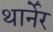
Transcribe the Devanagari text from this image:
थार्नेर